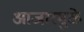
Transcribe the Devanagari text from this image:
आजारमुळे